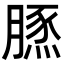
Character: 𦟙